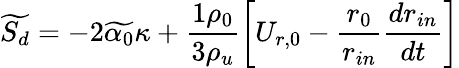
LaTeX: \widetilde{S_{d}}=-2\widetilde{\alpha_{0}}\kappa+\frac{1\rho_{0}}{3\rho_{u}}\left[U_{r,0}-\frac{r_{0}}{r_{in}}\frac{dr_{in}}{dt}\right]